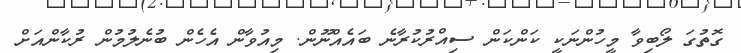
ގޮތުގަ ލޯބިވާ މީހުންނަކީ ކަންކަން ސިއްރުކުރާނެ ބައެއްނޫން. މިއުވާން އެހެން ބުނެލުމުން ރުކާންއަށް